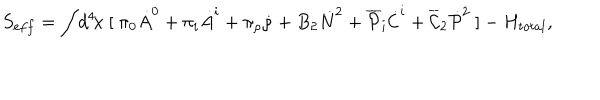
S _ { e f f } = \int \! d ^ { 4 } \! x ~ [ ~ \pi _ { 0 } \dot { A } ^ { 0 } + \pi _ { i } \dot { A } ^ { i } + \pi _ { \rho } \dot { \rho } + B _ { 2 } \dot { N } ^ { 2 } + \overline { { { \cal P } } } _ { i } \dot { \cal C } ^ { i } + \overline { { { \cal C } } } _ { 2 } \dot { \cal P } ^ { 2 } ~ ] - H _ { t o t a l } ,